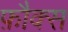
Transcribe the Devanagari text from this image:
फ़ौक्स